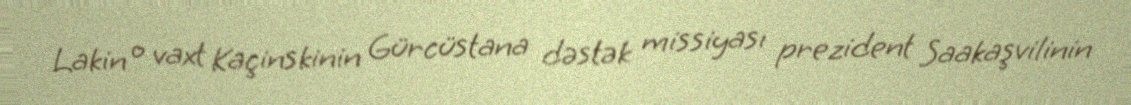
Lakin o vaxt Kaçinskinin Gürcüstana dəstək missiyası prezident Saakaşvilinin